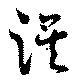
謨